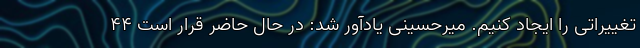
تغییراتی را ایجاد کنیم. میرحسینی یادآور شد: در حال حاضر قرار است ۴۴